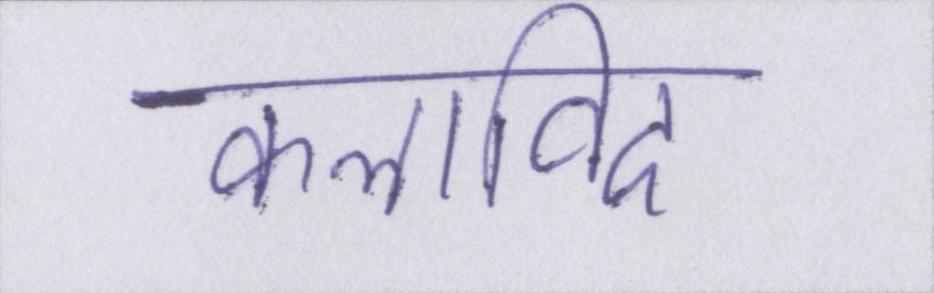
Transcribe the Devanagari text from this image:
कलाविद